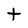
Character: t